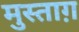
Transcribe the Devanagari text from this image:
मुस्ताग़